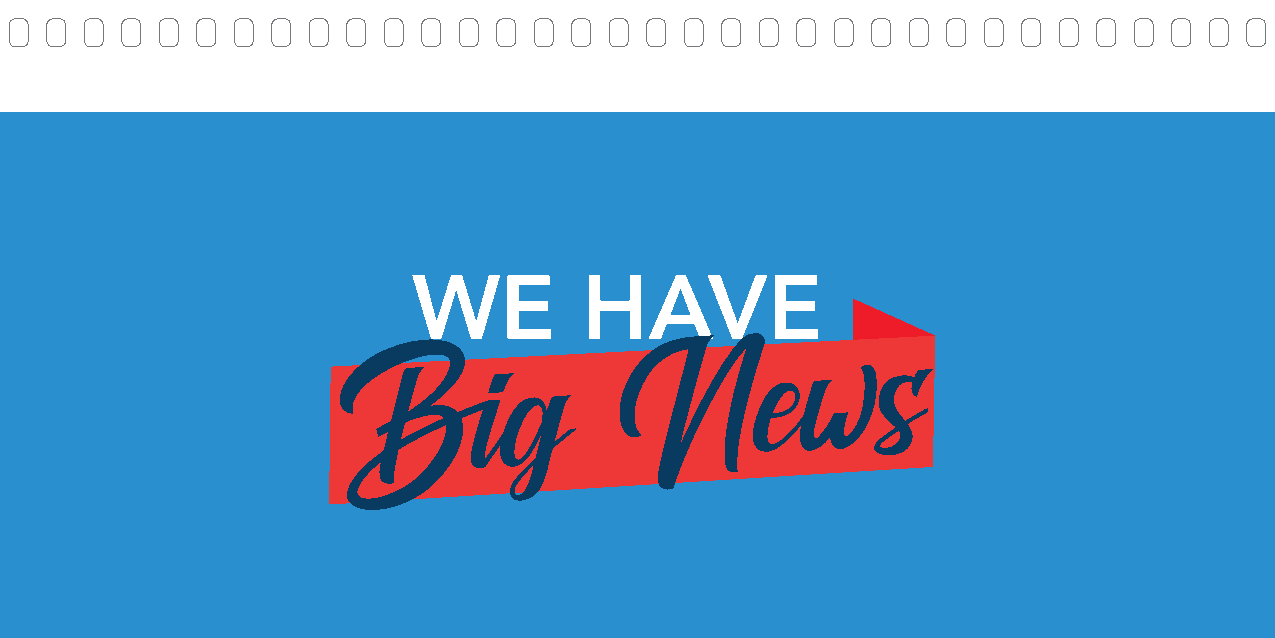
Greetings!
 WE          HAVE
 Wow, what a year 2021 was! Am I the only one to be glad that it’s almost behind us? While 21’
 was better that 20’, I’m
 B
 amazed at h iow
 g
 much havoNc COVID is stile l cauw sing. Sus pply chain issues with
 everything from paper to computer chips. Containers stacked up on both coasts and employee
 shortages in just about every industry. We need a break! And let’s hope that 2022 brings one.
 In case you haven’t noticed, we are changing our name as well as our look. From this point forward,
 all our branding will be under the Print Bind Ship name. With customers located all over the world,
 Print Bind Ship better represents what we do and where we are focusing our energy in the future.
 We are still printers, and always will be, that’s not changing! But the addition of fulfillment services
 has expanded opportunities beyond our greatest expectations and has nurtured relationships that we
 would not have made without offering fulfillment services. And none of this would have been possible
 without the continued support of our dedicated team and partners, and for that we are very grateful.
 Mel Printing will still be the parent company, so nothing will change regarding payments or contracts.
 Emails will remain the same for the time being with a gradual change over. All our websites will be
 redirected to our new website www.printbindship.com.
 2021 was a year of persistence and dedication on both the client and staff side. Our clients were
 persistent in creating more business in the “new economy” and our staff showed tremendous
 dedication to our success in continuing to work during this difficult time.
 We thank you for your business and support and look forward to growing together in 2022.
 Have a safe and happy holiday!